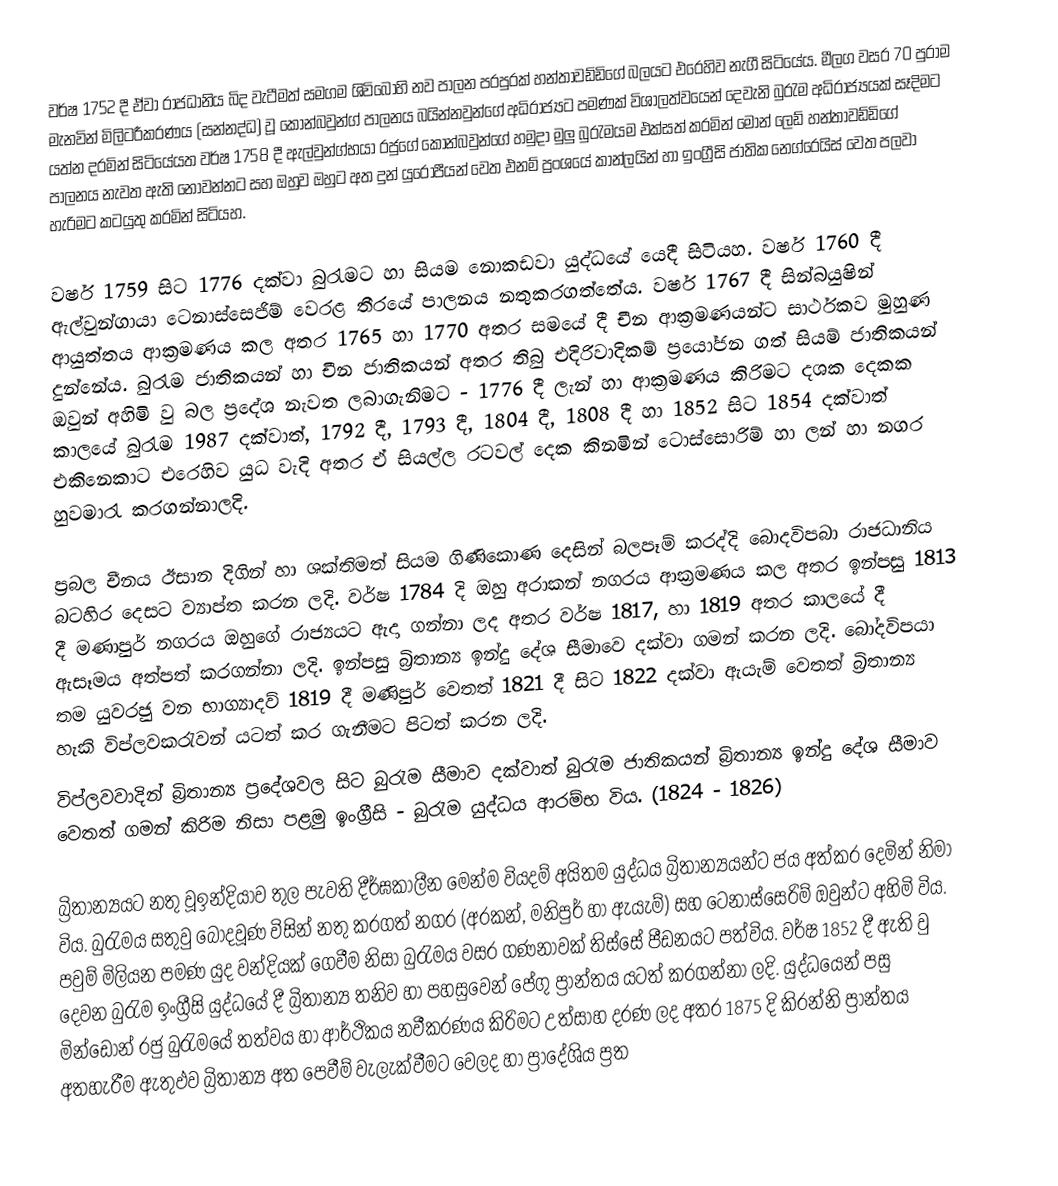
වර්ෂ 1752 දී ඒවා රාජධානිය බිද වැටීමත් සමගම ශිවිබෝහි නව පාලන පරපුරක් හන්තාවඩ්ඩිගේ බලයට එරෙහිව නැගී සිටියේය. මීලග වසර 70 පුරාම මැනවින් මිලිටරීකරණය (සන්නද්ධ) වූ කොන්බවුන්ග් පාලනය බයින්නවුන්ගේ අධිරාජ්‍යට පමණක් විශාලත්වයෙන් දෙවැනි බුරැම අධිරාජ්‍යයක් සෑදිමට යත්න දරමින් සිටියේයත වර්ෂ 1758 දී ඇල්වුන්ග්භයා රජුගේ කොන්බවුන්ගේ හමුදා මුලු බුරැමයම එක්සත් කරමින් මොන් ලෙඩ් හන්තාවඩ්ඩිගේ පාලනය  නැවත ඇති නොවන්නට සහ ඔහුව ඔහුට අත දුන් යුරෝපීයන් වෙත එනම් ප්‍රංශයේ කාන්ලයින් හා ඉංග්‍රීසි ජාතික  නෙග්රෙයිස් වෙත පලවා හැරිමට කටයුතු කරමින් සිටියහ.

වර්ෂ 1759 සිට 1776 දක්වා බුරැමට හා සියම නොකඩවා යුද්ධයේ යෙදී සිටියහ. වර්ෂ 1760 දී ඇල්වුන්ගායා ටෙනාස්සෙජිම් වෙරළ තීරයේ පාලනය නතුකරගත්තේය. වර්ෂ 1767 දී සින්බයුෂින් ආයුත්තය ආක්‍රමණය කල අතර 1765 හා 1770 අතර සමයේ දී චීන ආක්‍රමණයන්ට සාර්ථකව මුහුණ දුන්නේය. බුරැම ජාතිකයන් හා චීන ජාතිකයන් අතර තිබු එදිරිවාදිකම් ප්‍රයෝජන ගත් සියම් ජාතිකයන් ඔවුන් අහිමි වු බල ප්‍රදේශ  නැවත ලබාගැනිමට - 1776 දී ලැන් හා ආක්‍රමණය කිරිමට දශක දෙකක කාලයේ බුරැම 1987 දක්වාත්, 1792 දී, 1793 දී, 1804 දී, 1808 දී හා 1852 සිට 1854 දක්වාත් එකිනෙකාට එරෙහිව යුධ වැදි අතර ඒ සියල්ල රටවල් දෙක කිනමින් ටොස්සොරිම් හා ලන් හා නගර හුවමාරැ කරගන්නාලදි.

ප්‍රබල චීනය ඊසාන දිගින් හා ශක්තිමත් සියම ගිණිකොණ දෙසින් බලපෑම් කරද්දි බොදවිපබා රාජධානිය බටහිර දෙසට ව්‍යාප්ත කරන ලදි. වර්ෂ 1784 දි ඔහු අරාකන් නගරය ආක්‍රමණය කල අතර ඉන්පසු 1813 දී මණාපුර් නගරය ඔහුගේ රාජ්‍යයට ඇදා ගන්නා ලද අතර වර්ෂ 1817, හා 1819 අතර කාලයේ දී ඇසෑමය අත්පත් කරගන්නා ලදි.  ඉන්පසු බ්‍රිතාන්‍ය ඉන්දු දේශ සීමාවෙ දක්වා ගමන් කරන ලදි. බෝදවිපයා තම යුවරජු වන  භාග්‍යාදව් 1819 දී මණිපුර් වෙතත් 1821 දී සිට 1822 දක්වා ඇයැම් වෙතත් බ්‍රිතාන්‍ය හැකි විප්ලවකරැවන් යටත් කර ගැනීමට පිටත් කරන ලදි.
විප්ලවවාදින් බ්‍රිතාන්‍ය ප්‍රදේශවල සිට බුරැම සීමාව දක්වාත් බුරැම ජාතිකයන් බ්‍රිතාන්‍ය ඉන්දු දේශ සීමාව වෙතත් ගමන් කිරිම නිසා පළමු ඉංග්‍රීසි - බුරැම යුද්ධය ආරම්භ විය. (1824 - 1826)

බ්‍රිතාන්‍යයට නතු වූඉන්දියාව තුල පැවති දීර්ඝකාලීන මෙන්ම වියදම් අයිතම යුද්ධය බ්‍රිතාන්‍යයන්ට ජය අත්කර දෙමින්  නිමා විය. බුරැමය සතුවු බොදවූණ විසින් නතු කරගත් නගර (අරකන්, මනිපුර් හා ඇයැම්) සහ ටෙනාස්සෙරිම් ඔවුන්ට අහිමි විය. පවුම් මිලියන පමණ යුද වන්දියක් ගෙවීම නිසා බුරැමය වසර ගණනාවක්  තිස්සේ පීඩනයට පත්විය. වර්ෂ 1852 දී ඇති වු දෙවන බුරැම ඉංග්‍රීසි යුද්ධයේ දී බ්‍රිතාන්‍ය තනිව හා පහසුවෙන් පේගු ප්‍රාන්තය යටත් කරගන්නා ලදි. යුද්ධයෙන් පසු මින්ඩොන් රජු බුරැමයේ තත්වය හා ආර්ථිකය නවීකරණය කිරිමට  උත්සාහ දරණ ලද අතර 1875 දි කිරන්නි ප්‍රාන්තය  අතහැරීම ඇතුඵව  බ්‍රිතාන්‍ය අත පෙවීම් වැලැක්වීමට වෙලද හා ප්‍රාදේශිය ප්‍රත